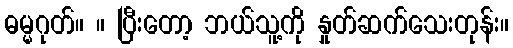
ဓမ္မဂုတ်။ ။ ပြီးတော့ ဘယ်သူ့ကို နှုတ်ဆက်သေးတုန်း။